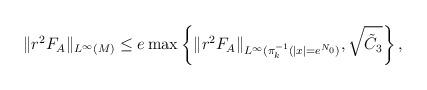
LaTeX: \begin{align*} &\| r^{2} F_A \|_{L^\infty(M)}\leq e\max\left\{ \| r^{2} F_A\|_{L^\infty(\pi_k^{-1}(|x|=e^{N_0})}, \sqrt{\tilde C_3}\right\},\end{align*}